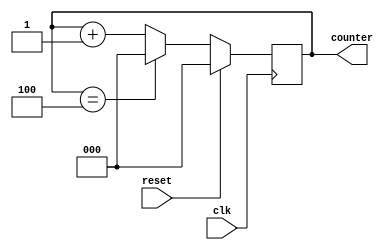
`timescale 1ns / 1ps

module mod_5_counter
       (input clk,reset, output reg [2:0] counter);
        
        always@(posedge clk)
        begin
            if(reset)
            counter <= 0;
            else
                if(counter == 4)
                counter <= 0;
                else
                counter <= counter + 1;
         end        
endmodule


//////////////////////////////////////////////////////////////////////////////////


module D_flipflop(
    input clk, reset, d,
    output reg Q
    );
    
    always@(posedge clk)
          begin
            if({reset})
                Q<= 1'b0;
            else 
                Q <= d;
            end

endmodule


//////////////////////////////////////////////////////////////////////////////////


module freq_div_by5(
    input clk, reset,
    output clk_by5
    );
    wire[2:0] q;
    wire temp; 
    
    mod_5_counter M5C(clk, reset, q);
    
    D_flipflop D(~clk, reset, q[1], temp);
    
    or(clk_by5, q[1], temp);
    
endmodule